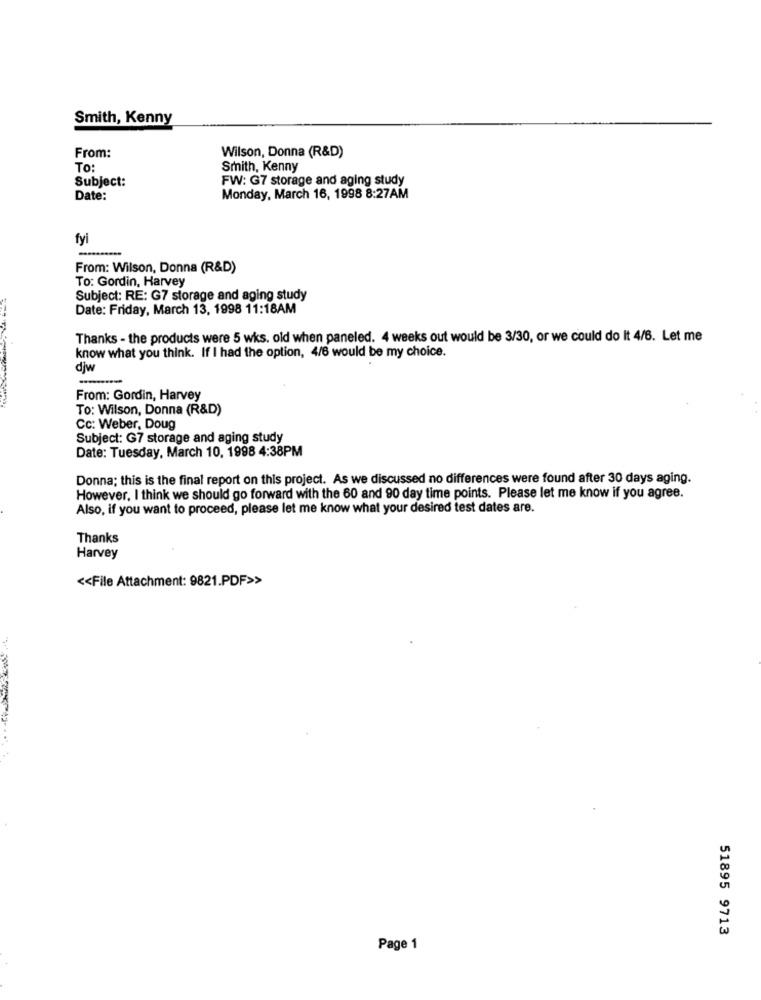
Smith, Kenny
From:
Wilson, Donna (R&D)
To:
Smith, Kenny
Subject:
FW: G7 storage and aging study
Date:
Monday, March 16, 1998 8:27AM
fyi
From: Wilson, Donna (R&D)
To: Gordin, Harvey
Subject: RE: G7 storage and aging study
Date: Friday, March 13, 1998 11:18AM
Thanks - the products were 5 wks. old when paneled. 4 weeks out would be 3/30, or we could do It 4/6. Let me
know what you think. If I had the option, 4/6 would be my choice.
djw
From: Gordin, Harvey
To: Wilson, Donna (R&D)
Cc: Weber, Doug
Subject: G7 storage and aging study
Date: Tuesday, March 10, 1998 4:38PM
Donna; this is the final report on this project. As we discussed no differences were found after 30 days aging.
However, I think we should go forward with the 60 and 90 day time points. Please let me know if you agree.
Also, if you want to proceed, please let me know what your desired test dates are.
Thanks
Harvey
<< File Attachment: 9821.PDF>>
51895 9713
Page 1